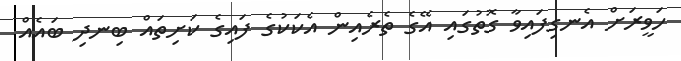
ހަވީރަށް އެނގިފައިވާ ގޮތުގައި އޭގެ ތެރެއިން އެކަކުގެ ފައިގެ ކަށިތައް ބިނދި ބައެއް